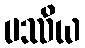
ပဿိယ